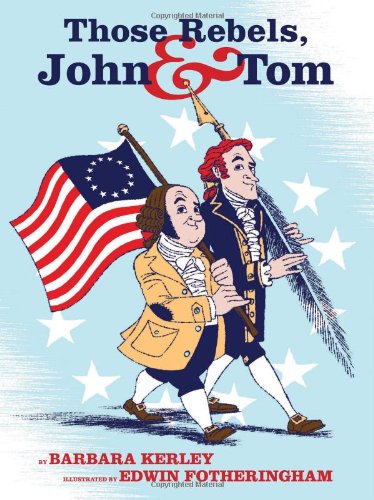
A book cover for Those Rebels, John and Tom; Barbara Kerley; Children's Books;